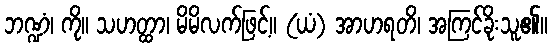
ဘဏ္ဍံ၊ ကို။ သဟတ္ထာ၊ မိမိလက်ဖြင့်။ (ယံ) အာဟရတိ၊ အကြင်ခိုးသူ၏။